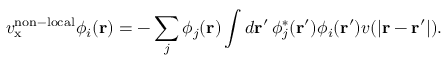
v _ { \mathrm { x } } ^ { \mathrm { n o n - l o c a l } } \phi _ { i } ( \mathbf { r } ) = - \sum _ { j } \phi _ { j } ( \mathbf { r } ) \int d \mathbf { r } ^ { \prime } \, \phi _ { j } ^ { * } ( \mathbf { r } ^ { \prime } ) \phi _ { i } ( \mathbf { r } ^ { \prime } ) v ( | \mathbf { r } - \mathbf { r } ^ { \prime } | ) .